Vaccination in Bombay 1902-1912 - 1902-1912
Year: 1902
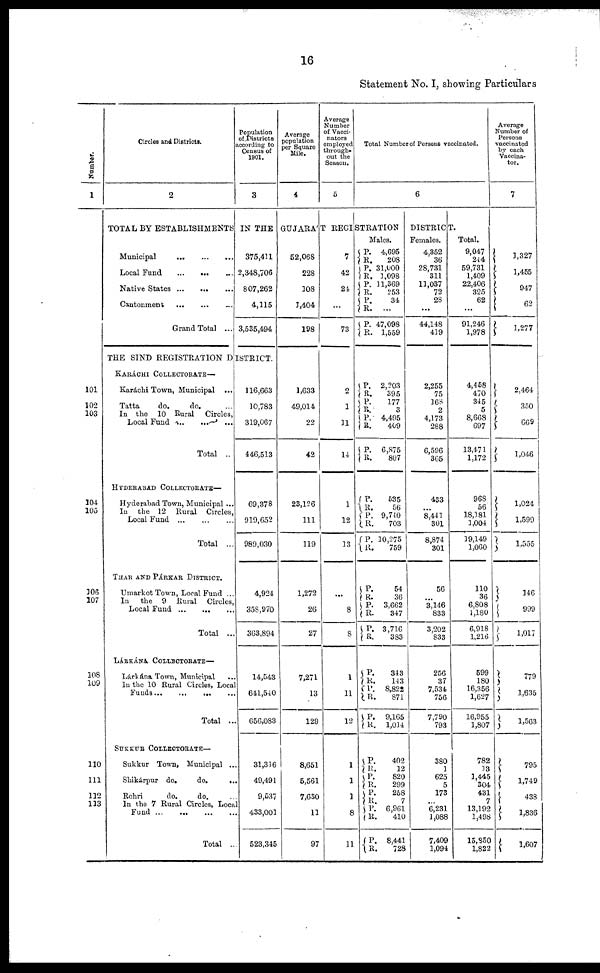
16
Statement No. I, showing Particulars
Number.
1
101
102
103
104
105
106
107
108
109
110
111
112
113
Circles and Districts.
2
Population
of Districts
according to
Census of
1901.
3
Average
population
per Square
Mile.
4
Average
Number
of Vacci-
nators
employed
through-
out the
Season.
5
Total Number of Persons vaccinated.
6
TOTAL BY ESTABLISHMENTS IN THE GUJARÁT REGISTRATION
DISTRICT.
Municipal
...
...
...
Local Fund
...
...
...
Native States
...
...
...
Cantonment
...
...
...
Grand Total ...
375,411
2,348,706
807,262
4,115
3,535,494
THE SIND REGISTRATION DISTRICT.
KARÁCHI COLLECTORATE—
Karáchi Town, Municipal ...
Tatta
do.
do. ...
In the 10 Rural Circles,
Local Fund ... ... ...
Total ...
HYDERABAD COLLECTORATE—
Hyderabad Town, Municipal ...
In the 12 Rural Circles,
Local Fund ... ... ...
Total ...
THAR AND PÁRKAR DISTRICT.
Umarkot Town, Local Fund ...
Local Fund ... ... ...
Total ...
LÁRKÁNA COLLECTORATE—
Lárkána Town, Municipal ...
In the 10 Rural Circles, Local
Funds ... ... ...
Total ...
SUKKUR COLLECTORATE—
Sukkur Town, Municipal ...
Shikárpur do.
do.
...
Rohri
do.
do.
In the 7 Rural Circles, Local
Fund ... ... ... ...
Total ...
116,663
10,783
319,067
446,513
69,378
919,652
989,030
4,924
358,970
363,894
14,543
641,540
656,083
31,316
49,491
9,537
433,001
523,345
52,068
228
108
1,404
198
1,633
49,014
22
42
23,126
111
119
1,272
26
27
7,271
13
129
8,651
5,561
7,630
11
97
7
42
24
...
73
2
1
11
14
1
12
13
...
8
8
1
11
12
1
1
1
8
11
Males.
P.
R.
P.
R.
P.
R.
P.
R.
P.
R.
P.
R.
P.
R.
P.
R.
P.
R.
P.
R.
P.
R.
P.
R.
P.
R.
P. R.
P.
R.
P.
R.
P.
R.
P.
R.
P.
R.
P.
R.
P.
R.
P.
R.
P.
R.
4,695
208
31,000
1,098
11,369
253
34
...
47,098
1,559
2,203
395
177
3
4,495
409
6,875
807
535
56
9,740
703
10,275
759
54
36
3,662
347
3,716
383
343
143
8,822
871
9,165
1,014
402
12
820
299
258
7
6,961
410
8,441
728
Females.
4,352
36
28,731
311
11,037
72
28
...
44,148
419
2,255
75
168
2
4,173
288
6,596
365
433
...
8,441
301
8,874
301
56
...
3,146
833
3,202
833
256
37
7,534
756
7,790
793
380
1
625
5
173
...
6,231
1,088
7,409
1,094
Total.
9,047
244
59,731
1,409
22,406
325
62
...
91,246
1,978
4,458
470
345
5
8,668
697
13,471
1,172
968
56
18,181
1,004
19,149
1,060
110
36
6,808
1,180
6,918
1,216
599
180
16,356
1,627
16,955
1,807
782
13
1,445
304
431
7
13,192
1,498
15,850
1,822
Average
Number of
Persons
vaccinated
by each
Vaccina-
tor.
7
1,327
1,455
947
62
1,277
2,464
350
669
1,046
1,024
1,599
1,555
146
999
1,017
779
1,635
1,563
795
1,749
438
1,836
1,607